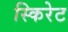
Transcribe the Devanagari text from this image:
स्किरेट